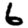
Digit: 6